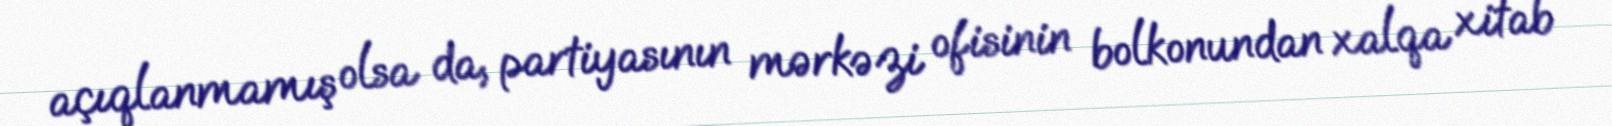
açıqlanmamış olsa da, partiyasının mərkəzi ofisinin bolkonundan xalqa xitab